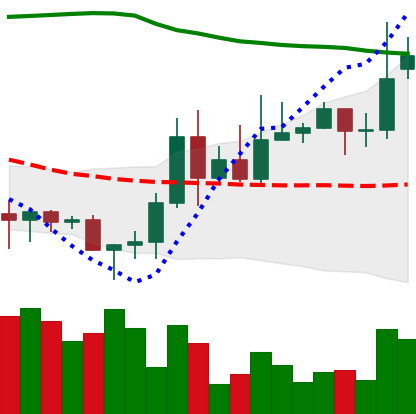
Ticker: DOGE-USD
Chart end date: 2020-11-17
Forward return: 13.386%
Label: up_7plus